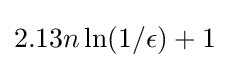
2.13n\ln(1/\epsilon )+1